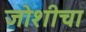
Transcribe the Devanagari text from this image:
जोशीचा